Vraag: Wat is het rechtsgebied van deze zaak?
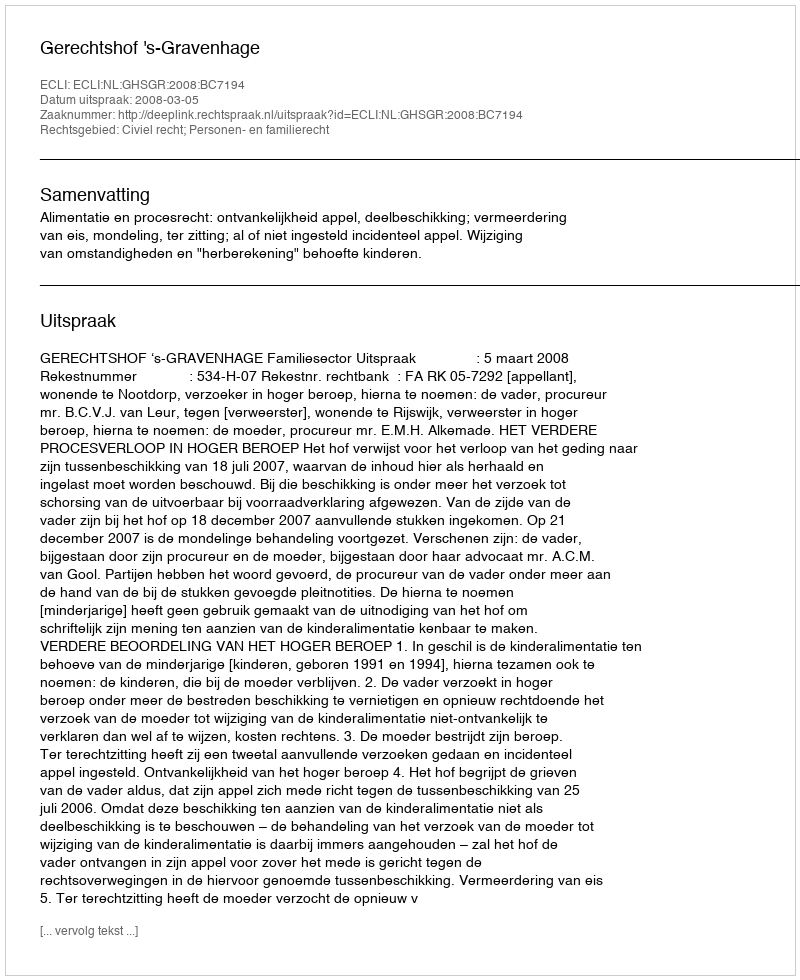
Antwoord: Civiel recht; Personen- en familierecht